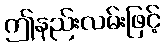
ဤနည်းလမ်းဖြင့်